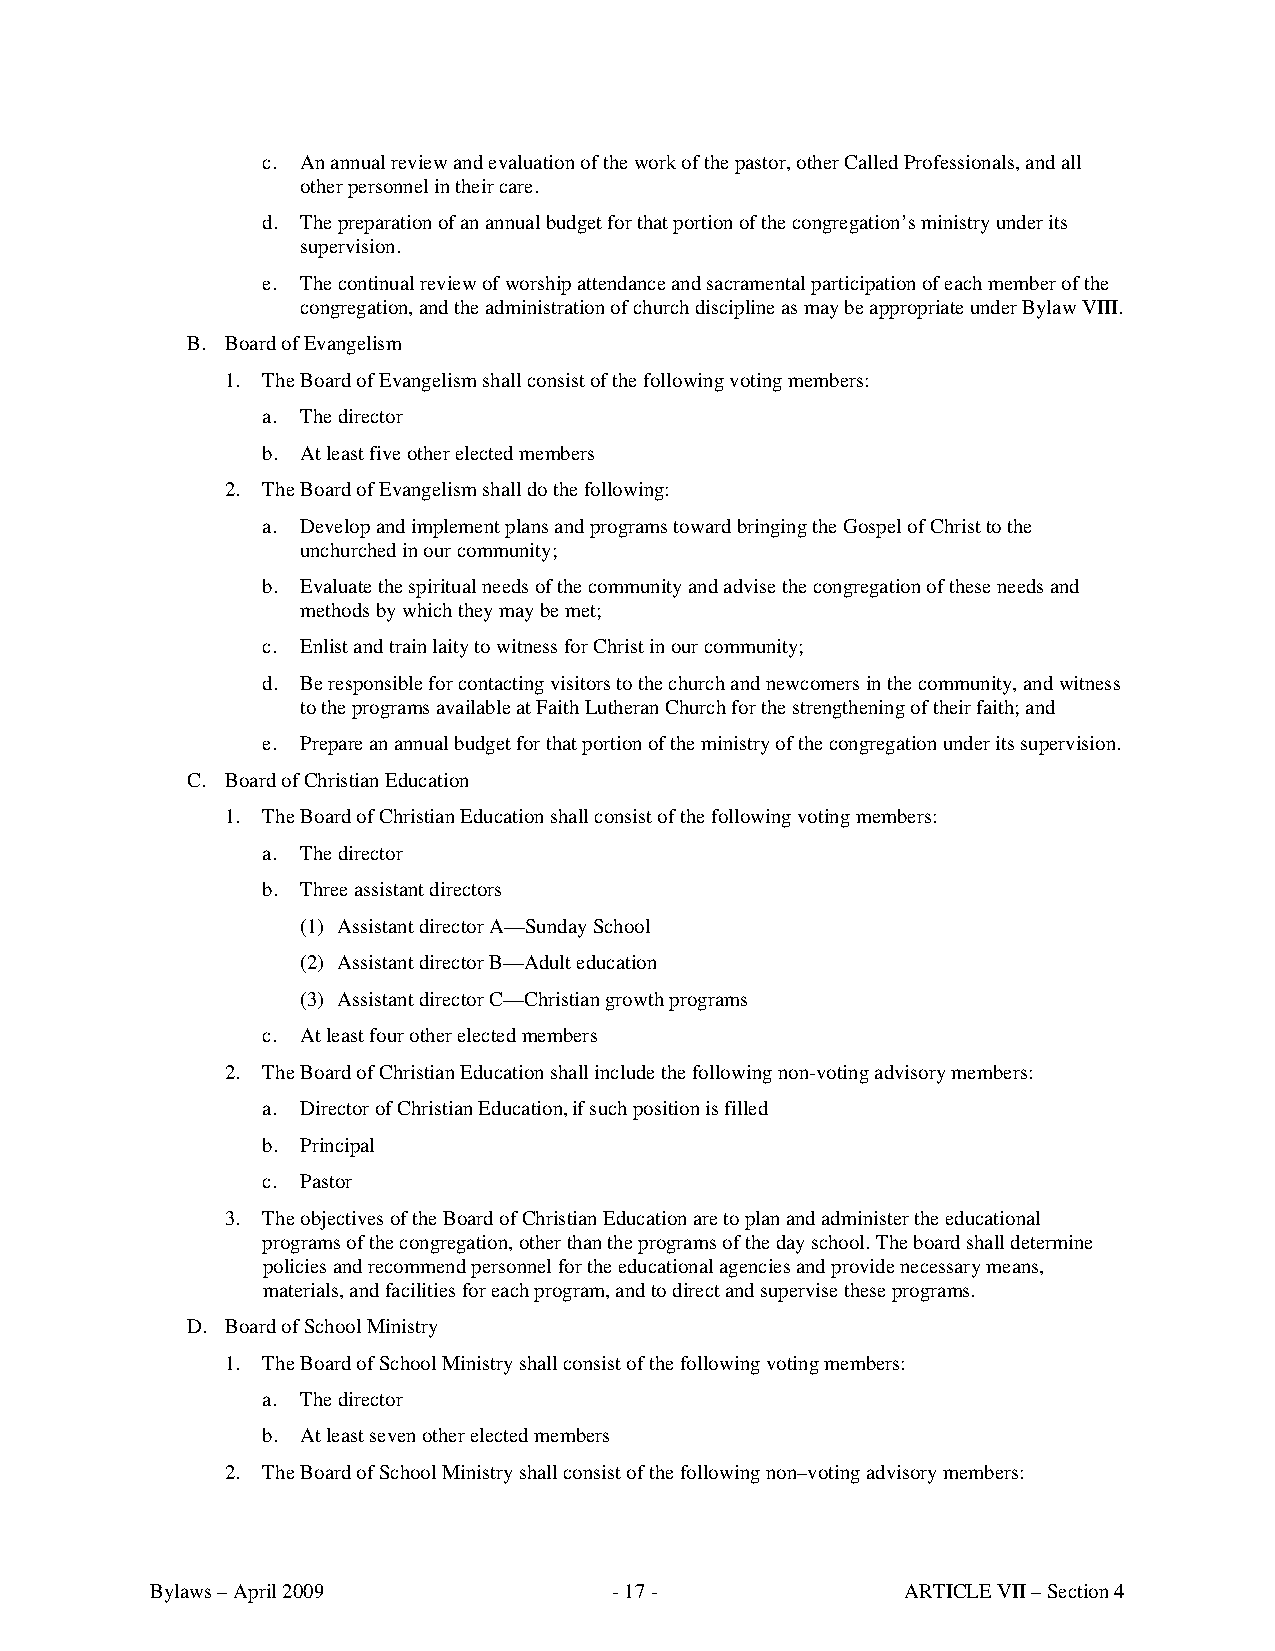
c. An annual review and evaluation of the work of the pastor, other Called Professionals, and all
 other personnel in their care.
 d. The preparation of an annual budget for that portion of the congregation’s ministry under its
 supervision.
 e. The continual review of worship attendance and sacramental participation of each member of the
 congregation, and the administration of church discipline as may be appropriate under Bylaw VIII.
 B. Board of Evangelism
 1. The Board of Evangelism shall consist of the following voting members:
 a. The director
 b. At least five other elected members
 2. The Board of Evangelism shall do the following:
 a. Develop and implement plans and programs toward bringing the Gospel of Christ to the
 unchurched in our community;
 b. Evaluate the spiritual needs of the community and advise the congregation of these needs and
 methods by which they may be met;
 c. Enlist and train laity to witness for Christ in our community;
 d. Be responsible for contacting visitors to the church and newcomers in the community, and witness
 to the programs available at Faith Lutheran Church for the strengthening of their faith; and
 e. Prepare an annual budget for that portion of the ministry of the congregation under its supervision.
 C. Board of Christian Education
 1. The Board of Christian Education shall consist of the following voting members:
 a. The director
 b. Three assistant directors
 (1) Assistant director A—Sunday School
 (2) Assistant director B—Adult education
 (3) Assistant director C—Christian growth programs
 c. At least four other elected members
 2. The Board of Christian Education shall include the following non-voting advisory members:
 a. Director of Christian Education, if such position is filled
 b. Principal
 c. Pastor
 3. The objectives of the Board of Christian Education are to plan and administer the educational
 programs of the congregation, other than the programs of the day school. The board shall determine
 policies and recommend personnel for the educational agencies and provide necessary means,
 materials, and facilities for each program, and to direct and supervise these programs.
 D. Board of School Ministry
 1. The Board of School Ministry shall consist of the following voting members:
 a. The director
 b. At least seven other elected members
 2. The Board of School Ministry shall consist of the following non–voting advisory members:
 Bylaws – April 2009            - 17 -             ARTICLE VII – Section 4